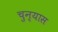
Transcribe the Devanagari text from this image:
चुन्यास